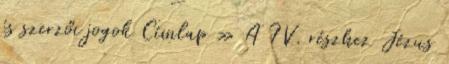
és szerzői jogok Címlap » A IV. részhez Jézus